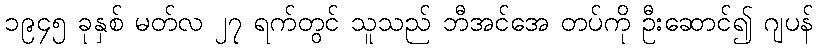
၁၉၄၅ ခုနှစ် မတ်လ ၂၇ ရက်တွင် သူသည် ဘီအင်အေ တပ်ကို ဦးဆောင်၍ ဂျပန်